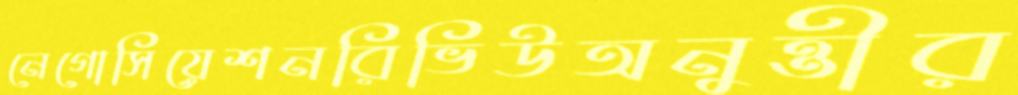
নেগোসিয়েশনরিভিউঅনুত্তীর